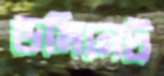
ডমিনেট